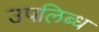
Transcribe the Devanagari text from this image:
उपलिब्ध